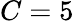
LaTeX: C=5